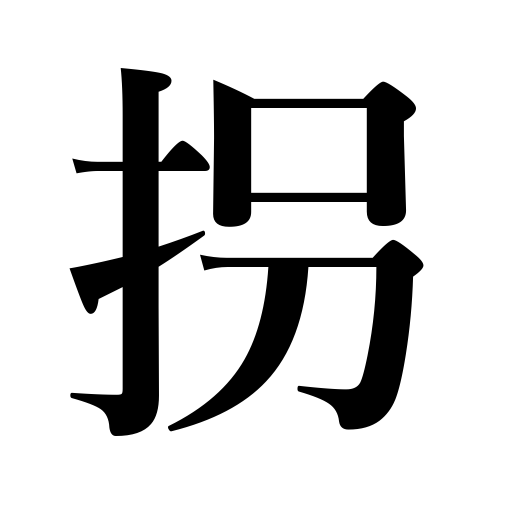
Meanings: kidnap,falsify